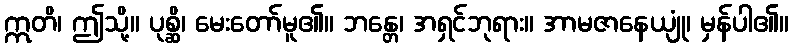
ဣတိ၊ ဤသို့။ ပုစ္ဆိ၊ မေးတော်မူ၏။ ဘန္တေ၊ အရှင်ဘုရား။ အာမဇာနေယျုံ၊ မှန်ပါ၏။